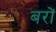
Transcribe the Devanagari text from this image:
बरों